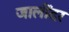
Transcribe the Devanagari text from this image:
जालींदर